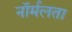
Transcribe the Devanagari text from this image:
नॉर्मलता